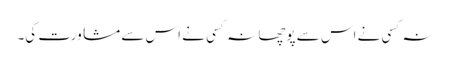
نہ کسی نے اس سے پوچھا نہ کسی نے اس سے مشاورت کی۔